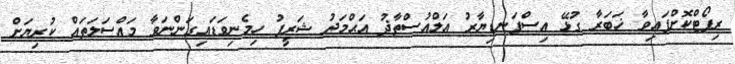
ރިޕޯޓްކޮށްފައިވާ ޚަބަރާ ގުޅޭ އިސްފަނޑިޔާރު އަލްއުސްތާޛު އަޙްމަދު ޝަރީފު ހިމެނިވަޑައިގަންނަވާ މައްސަލަތައް ކުރިޔަށް